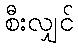
စီးလျှင်